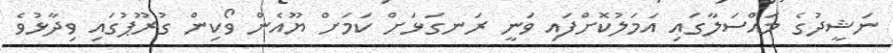
ނަޝީދުގެ މައްސަލާގައި އަމަލުކޮށްފައި ވަނީ ރަނގަޅަށް ކަމަށް ޔޫއެން ވޯކިން ގުރޫޕުގައި ވިދާޅުވެ